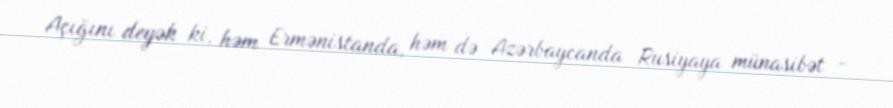
Açığını deyək ki, həm Ermənistanda, həm də Azərbaycanda Rusiyaya münasibət -